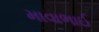
માવાભાઈ